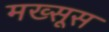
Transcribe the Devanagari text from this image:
मख्सूस